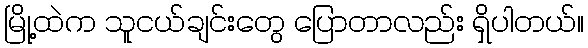
မြို့ထဲက သူငယ်ချင်းတွေ ပြောတာလည်း ရှိပါတယ်။